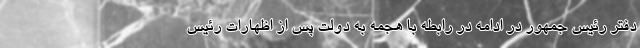
دفتر رئیس جمهور در ادامه در رابطه با هجمه به دولت پس از اظهارات رئیس